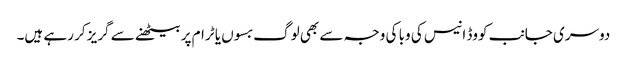
دوسری جانب کووڈ انیس کی وبا کی وجہ سے بھی لوگ بسوں یا ٹرام پر بیٹھنے سے گریز کر رہے ہیں۔